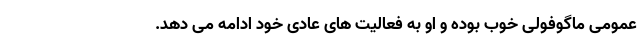
عمومی ماگوفولی خوب بوده و او به فعالیت های عادی خود ادامه می دهد.